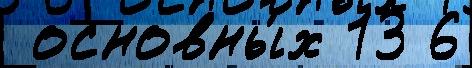
 основны́х 13 6